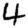
Digit: 4